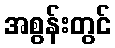
အစွန်းတွင်